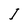
Character: I